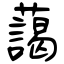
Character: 藹